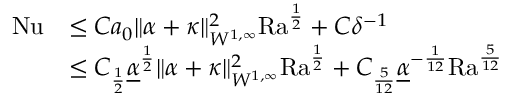
\begin{array} { r l } { \mathrm { { N u } } } & { \leq C a _ { 0 } \| \alpha + \kappa \| _ { W ^ { 1 , \infty } } ^ { 2 } { \mathrm { R a } } ^ { \frac { 1 } { 2 } } + C \delta ^ { - 1 } } \\ & { \leq C _ { \frac { 1 } { 2 } } \underline { { \alpha } } ^ { \frac { 1 } { 2 } } \| \alpha + \kappa \| _ { W ^ { 1 , \infty } } ^ { 2 } \mathrm { { R a } } ^ { \frac { 1 } { 2 } } + C _ { \frac { 5 } { 1 2 } } \underline { { \alpha } } ^ { - \frac { 1 } { 1 2 } } { \mathrm { R a } } ^ { \frac { 5 } { 1 2 } } } \end{array}